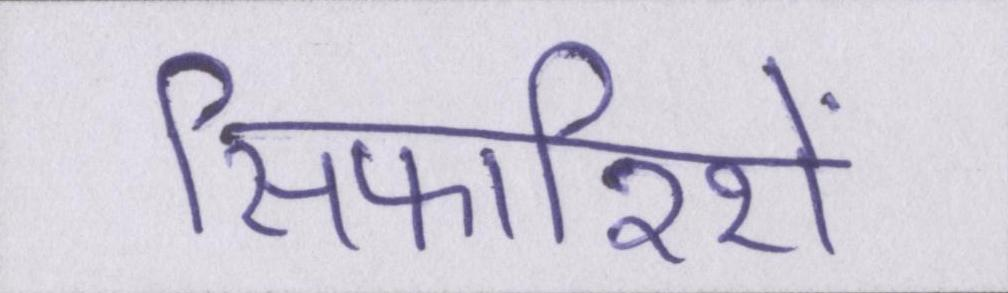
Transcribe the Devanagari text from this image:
सिफारिशें